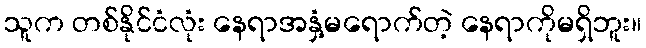
သူက တစ်နိုင်ငံလုံး နေရာအနှံ့မရောက်တဲ့ နေရာကိုမရှိဘူး။